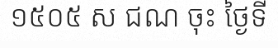
១៥០៥ ស ជណ ចុះ ថ្ងៃទី